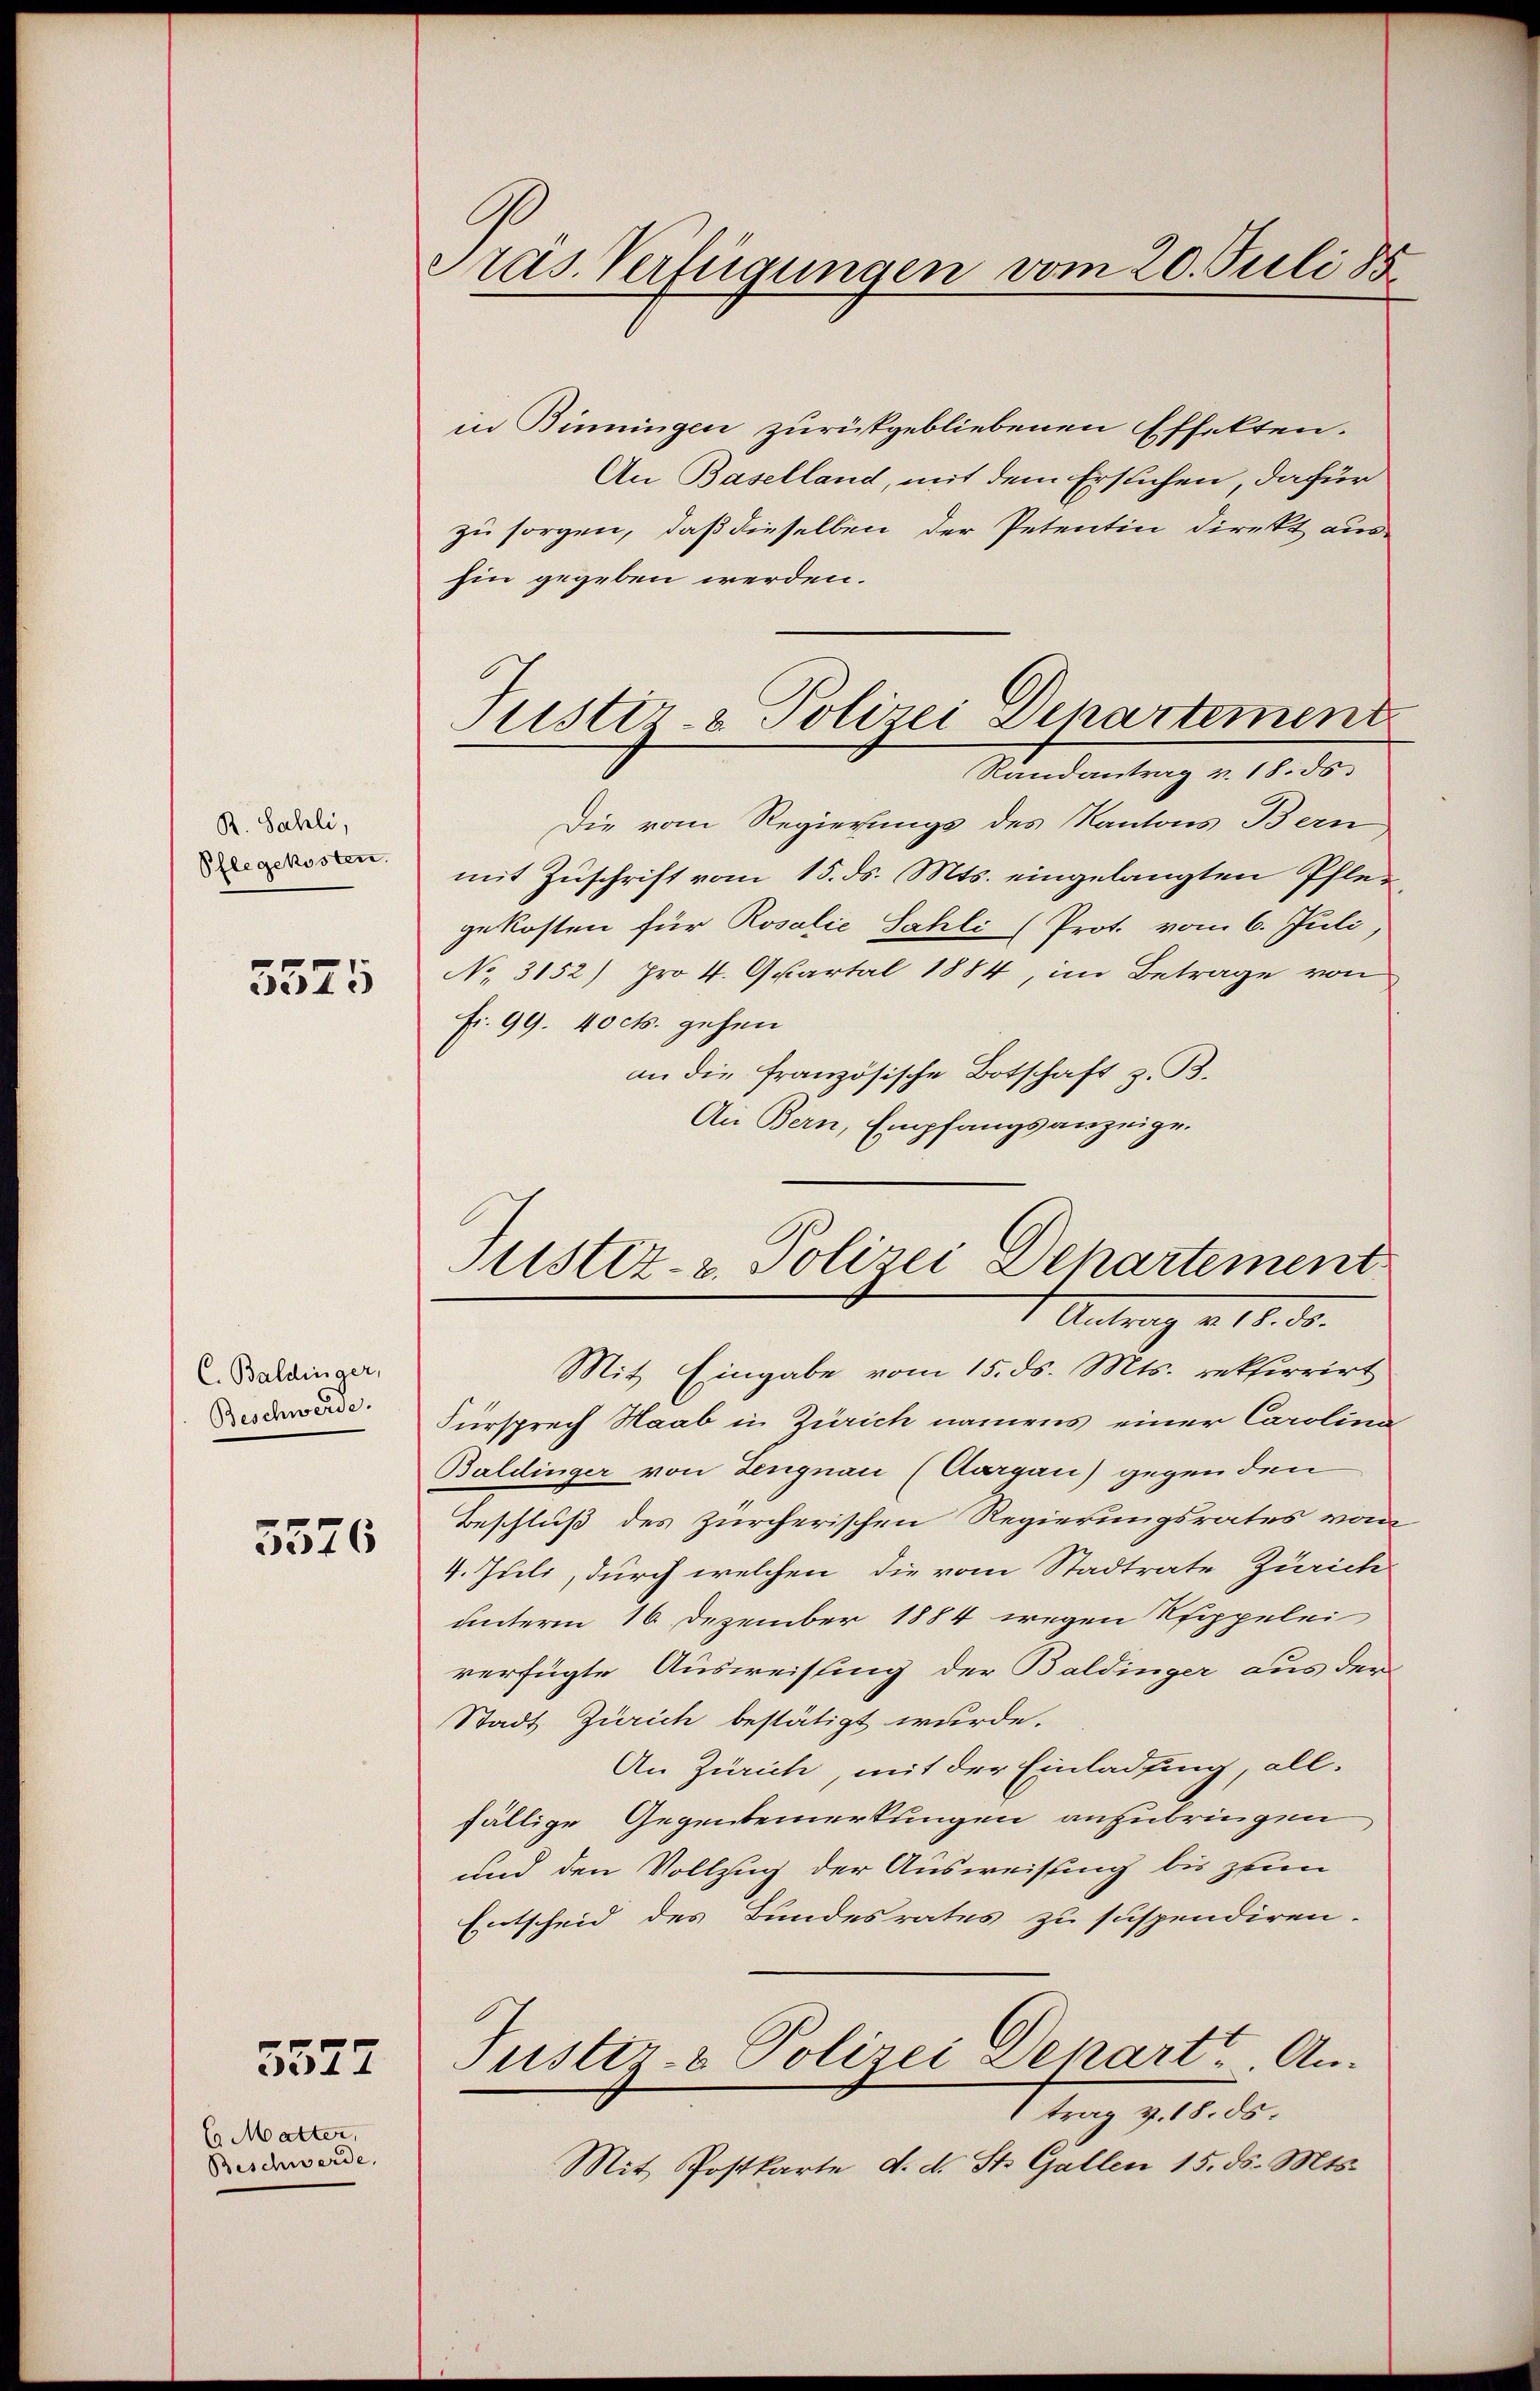
R. Sahli,
Pflegekosten.

5575

C. Baldinger,
Beschwerde.

5576

3577

Es Matter,
Beschwerde,

Präs. Verfügungen vom 20. Juli 185

in Binningen zurükgebliebenen Effekten.
An Baselland, mit dem Erstichen, dafür
zu sorgen, daß dieselben der Petentin direkt aus-
hin gegeben werden.
Die vom Regierungs des Kantons Bern
mit Zuschrift vom 15. ds. Mts. eingelangten Pfleggekosten für Rosalie Sahli (Prot. vom 6. Juli
No. 3152) pro 4. Apartal 1884, im Betrage von
fr. 99. 40 cts. gehen
an die französische Botschaft z. B.
Ai Bern, Empfangsanzeige.
Mit Eingabe vom 15. ds. Mts. rekurrirt
Fürsprech Haab in Zürich namens einer Carolina
Baldinger von Lengnau (Aargau) gegen den
Beschluß des Zürcherischen Regierungsrates vom
4. Juli, durch welchen die vom Stadtrate Zürich
unterm 16. Dezember 1884 wegen Poppelei
verfügte Ausweisung der Baldinger aus der
Stadt Zürich bestätigt wurde.
An Zürich, mit der Einladung, all-
fällige Gegenbemerkungen anzubringen
und den Vollzug der Ausweisung bis zum
Entscheid des Bundesrates zu suspendiren.
Tuster- & Polizei Departe. An¬
1 trag v. 18. ds.
Mit Postkarte d. d. St. Gallen 15. ds. Mts.

Justiz- & Polizei Departement
Randantrag v. 18. ds.

Justiz- & Polizei Departement
1